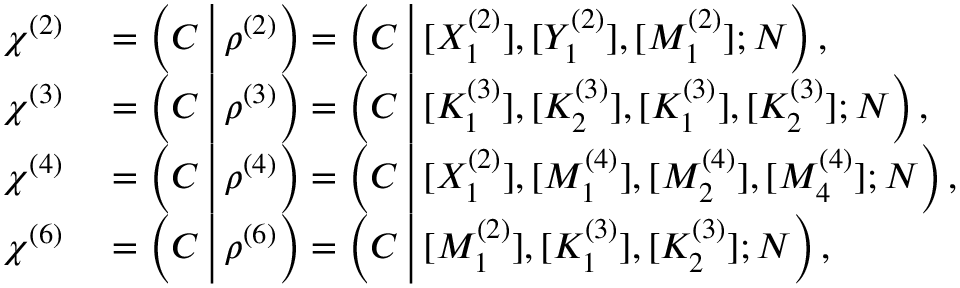
\begin{array} { r l } { \chi ^ { ( 2 ) } } & { { } = \left( C \, \Big | \, \rho ^ { ( 2 ) } \right) = \left( C \, \Big | \, [ X _ { 1 } ^ { ( 2 ) } ] , [ Y _ { 1 } ^ { ( 2 ) } ] , [ M _ { 1 } ^ { ( 2 ) } ] ; N \right) , } \\ { \chi ^ { ( 3 ) } } & { { } = \left( C \, \Big | \, \rho ^ { ( 3 ) } \right) = \left( C \, \Big | \, [ K _ { 1 } ^ { ( 3 ) } ] , [ K _ { 2 } ^ { ( 3 ) } ] , [ K _ { 1 } ^ { ( 3 ) } ] , [ K _ { 2 } ^ { ( 3 ) } ] ; N \right) , } \\ { \chi ^ { ( 4 ) } } & { { } = \left( C \, \Big | \, \rho ^ { ( 4 ) } \right) = \left( C \, \Big | \, [ X _ { 1 } ^ { ( 2 ) } ] , [ M _ { 1 } ^ { ( 4 ) } ] , [ M _ { 2 } ^ { ( 4 ) } ] , [ M _ { 4 } ^ { ( 4 ) } ] ; N \right) , } \\ { \chi ^ { ( 6 ) } } & { { } = \left( C \, \Big | \, \rho ^ { ( 6 ) } \right) = \left( C \, \Big | \, [ M _ { 1 } ^ { ( 2 ) } ] , [ K _ { 1 } ^ { ( 3 ) } ] , [ K _ { 2 } ^ { ( 3 ) } ] ; N \right) , } \end{array}